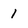
Character: 1